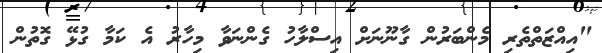
"އިއްޒަތްތެރި މެންބަރުން ގާނޫނަށް އިސްލާހު ގެންނަވާ މިހާރު އެ ކަމާ ގުޅޭ ގޮތުން